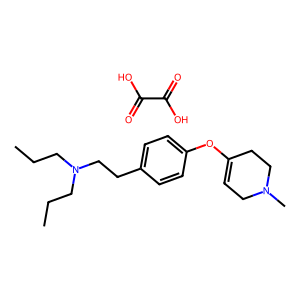
SMILES: CCCN(CCC)CCc1ccc(OC2=CCN(C)CC2)cc1.O=C(O)C(=O)O
Inhibits HIV replication: No